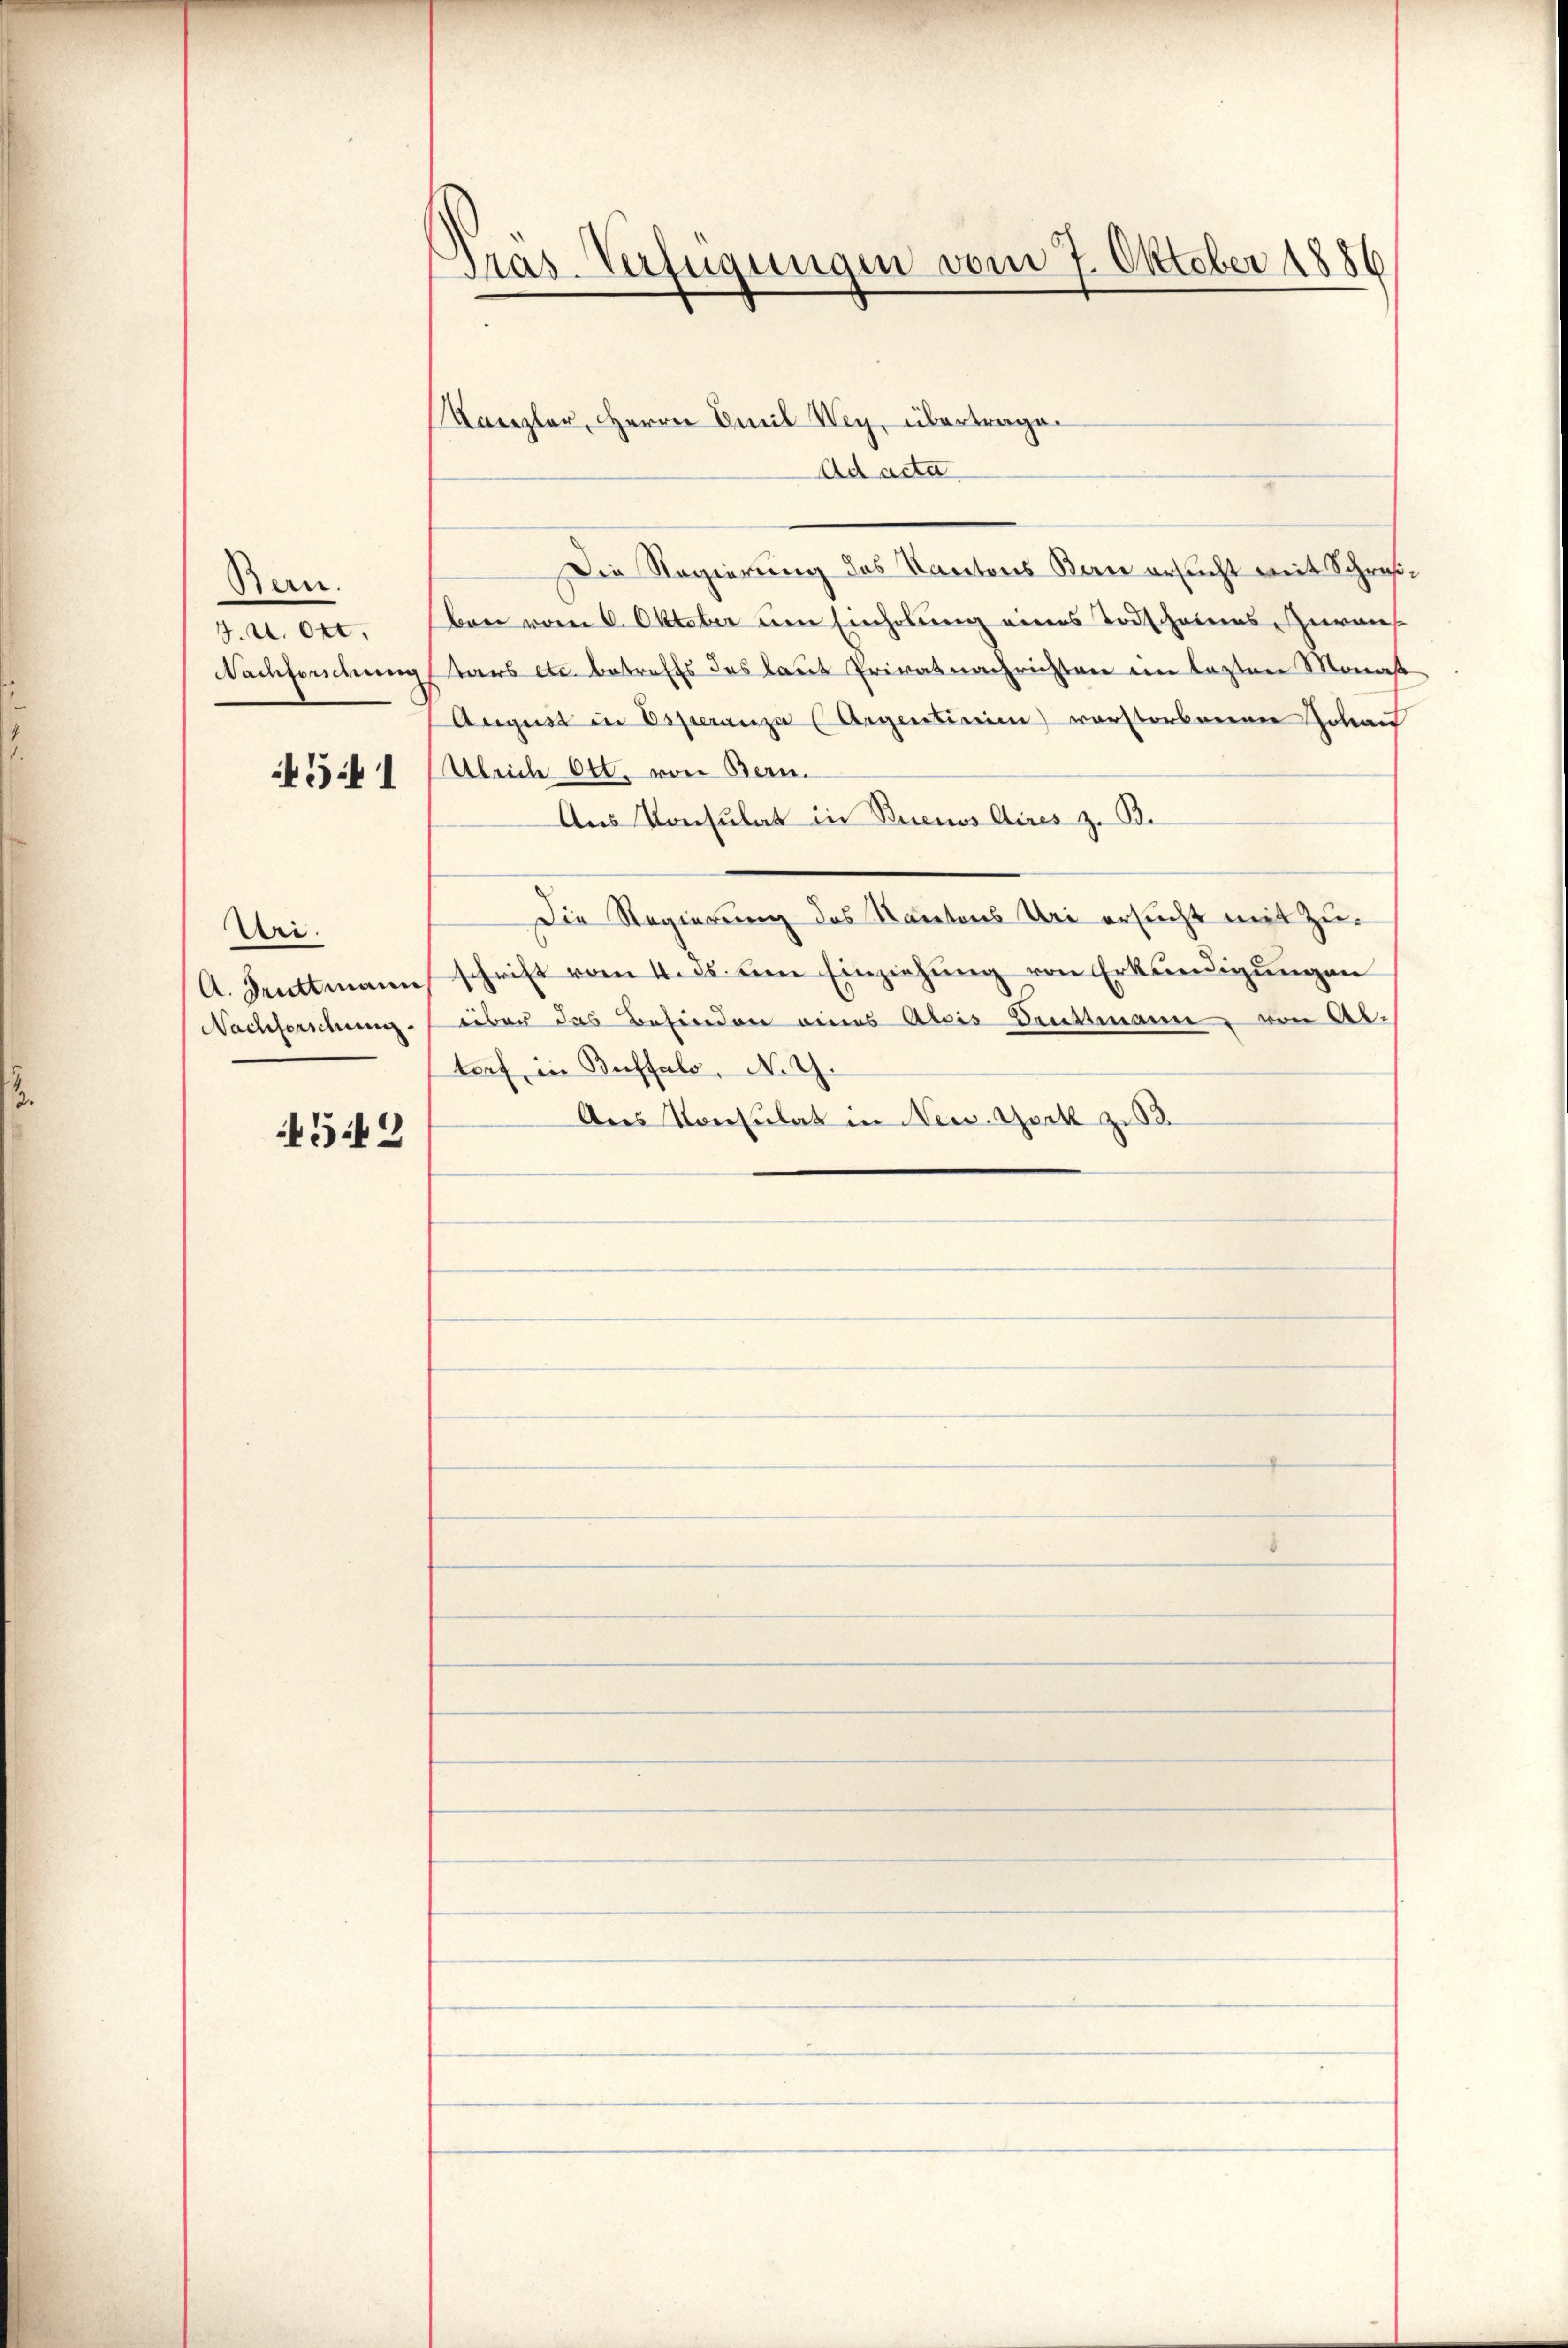
Bern.
J. U. Ott,
Nachforschung

4541

Uri.
Nachforschung.

4542

Präs-Verfügungen vom 7. Oktober 1886

Kanzler, Herrn Emil Wey, übertragen

Ad acta
Die Regierung des Kantons Bau ersucht mit Schreiben vom 6. Oktober um Einholung eines Todscheines Heraus
tars etc. betreffs das laut Privatnachrichten im lezten Monas
August in Esperanza (Argentireien) verstorbeeren Johan
Ulriche Ott, von Bern.
Aus Konsulat in Buenos Aires z. B.
Die Regierung des Natons Uri ersucht mit Zu¬
A. Deuttmann schrift vom 4. ds. dem Einziehung von Erkundigungen
über das Befinden eines Alois Druttmann, von Abtorf, in Buffalo, N. G.
Des Konsulat in New-York zu